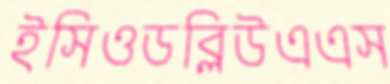
ইসিওডব্লিউএএস